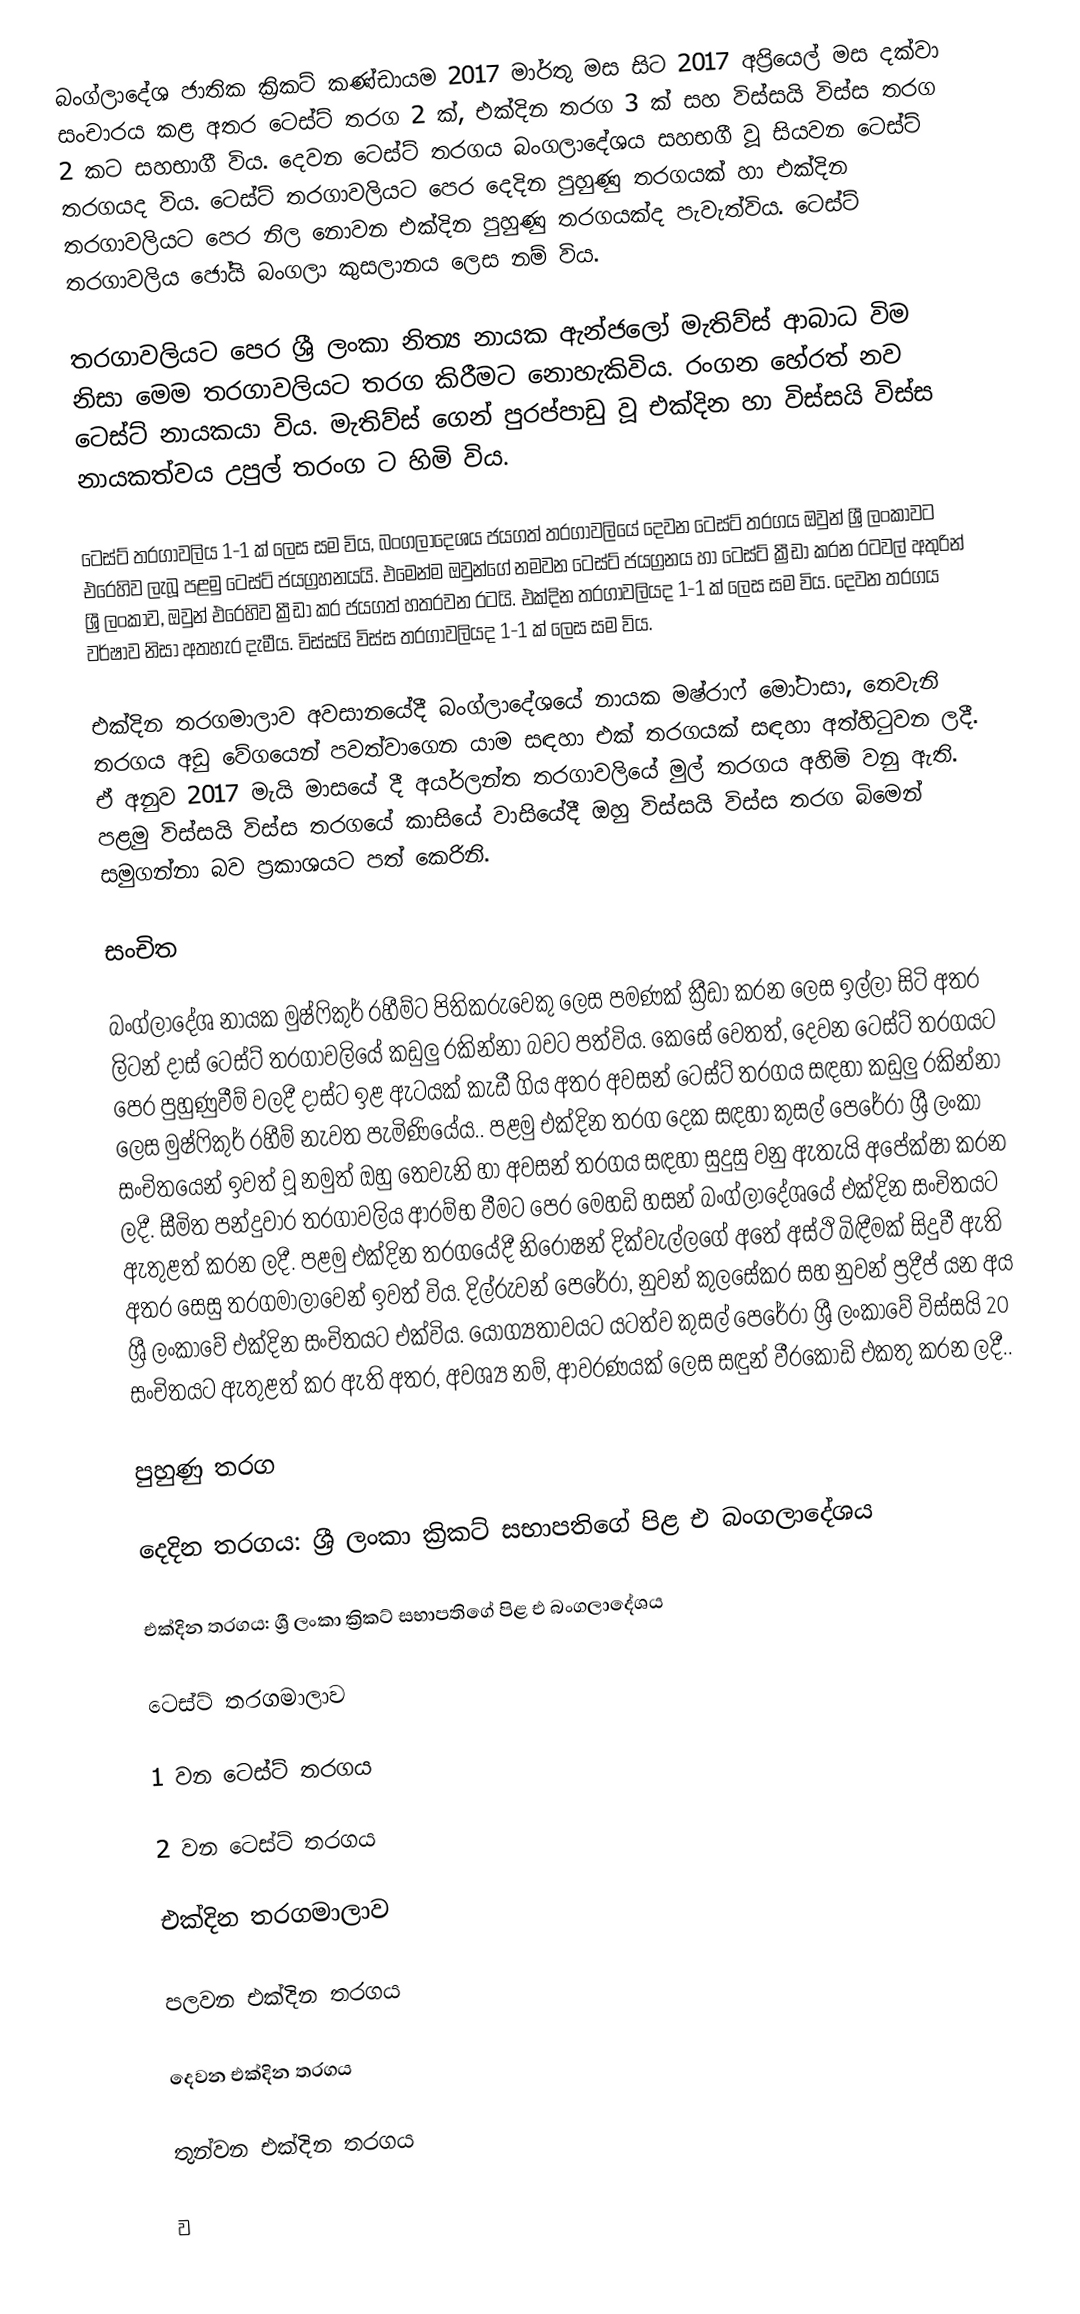
බංග්ලාදේශ ජාතික ක්‍රිකට් කණ්ඩායම 2017 මාර්තු මස සිට 2017 අප්‍රියෙල් මස දක්වා සංචාරය කළ අතර ටෙස්ට් තරග 2 ක්, එක්දින තරග 3 ක් සහ විස්සයි විස්ස තරග 2 කට සහභාගී විය. දෙවන ටෙස්ට් තරගය බංගලාදේශය සහභගී වූ සියවන ටෙස්ට් තරගයද විය. ටෙස්ට් තරගාවලියට පෙර දෙදින පුහුණු තරගයක් හා එක්දින තරගාවලියට පෙර නිල නොවන එක්දින පුහුණු තරගයක්ද පැවැත්විය. ටෙස්ට් තරගාවලිය ජෝයි බංගලා කුසලානය ලෙස නම් විය.

තරගාවලියට පෙර ශ්‍රී ලංකා නිත්‍ය නායක ඇන්ජලෝ මැතිව්ස්  ආබාධ විම නිසා මෙම තරගාවලියට තරග කිරීමට නොහැකිවිය. රංගන හේරත් නව ටෙස්ට් නායකයා විය. මැතිව්ස් ගෙන් පුරප්පාඩු වූ එක්දින හා විස්සයි විස්ස නායකත්වය උපුල් තරංග ට හිමි විය.

ටෙස්ට් තරගාවලිය 1-1 ක් ලෙස සම විය,  බංගලාදෙශය ජයගත් තරගාවලියේ දෙවන ටෙස්ට් තරගය ඔවුන් ශ්‍රී ලංකාවට එරෙහිව ලැබූ පළමු ටෙස්ට් ජයග්‍රහනයයි. එමෙන්ම ඔවුන්ගේ නමවන ටෙස්ට් ජයග්‍රනය හා ටෙස්ට් ක්‍රීඩා කරන රටවල් අතුරින් ශ්‍රී ලංකාව, ඔවුන් එරෙහිව ක්‍රීඩා කර ජයගත් හතරවන රටයි. එක්දින තරගාවලියද 1-1 ක් ලෙස සම විය. දෙවන තරගය වර්ෂාව නිසා අතහැර දැමීය. විස්සයි විස්ස තරගාවලියද 1-1 ක් ලෙස සම විය.

එක්දින තරගමාලාව අවසානයේදී බංග්ලාදේශයේ නායක මෂ්රාෆ් මෝටාසා, තෙවැනි තරගය අඩු වේගයෙන් පවත්වාගෙන යාම සඳහා එක් තරගයක් සඳහා අත්හිටුවන ලදී.  ඒ අනුව 2017 මැයි මාසයේ දී අයර්ලන්ත තරගාවලියේ මුල් තරගය අහිමි වනු ඇති. පළමු විස්සයි විස්ස තරගයේ කාසියේ වාසියේදී ඔහු විස්සයි විස්ස තරග බිමෙන් සමුගන්නා බව ප්‍රකාශයට පත් කෙරිනි.

සංචිත

බංග්ලාදේශ නායක මුෂ්ෆිකුර් රහීම්ට පිතිකරුවෙකු ලෙස පමණක් ක්‍රීඩා කරන ලෙස ඉල්ලා සිටි අතර ලිටන් දාස් ටෙස්ට් තරගාවලියේ කඩුලු රකින්නා බවට පත්විය. කෙසේ වෙතත්, දෙවන ටෙස්ට් තරගයට පෙර පුහුණුවීම් වලදී දාස්ට ඉළ ඇටයක් කැඩී ගිය අතර අවසන් ටෙස්ට් තරගය සඳහා කඩුලු රකින්නා ලෙස මුෂ්ෆිකුර් රහීම් නැවත පැමිණියේය.. පළමු එක්දින තරග දෙක සඳහා කුසල් පෙරේරා ශ්‍රී ලංකා සංචිතයෙන් ඉවත් වූ නමුත් ඔහු තෙවැනි හා අවසන් තරගය සඳහා සුදුසු වනු ඇතැයි අපේක්ෂා කරන ලදී. සීමිත පන්දුවාර තරගාවලිය ආරම්භ වීමට පෙර මෙහඩි හසන් බංග්ලාදේශයේ එක්දින සංචිතයට ඇතුළත් කරන ලදී. පළමු එක්දින තරගයේදී නිරෝෂන් දික්වැල්ලගේ අතේ අස්ථි බිඳීමක් සිදුවී ඇති අතර සෙසු තරගමාලාවෙන් ඉවත් විය. දිල්රුවන් පෙරේරා, නුවන් කුලසේකර සහ නුවන් ප්‍රදීප් යන අය ශ්‍රී ලංකාවේ එක්දින සංචිතයට එක්විය. යෝග්‍යතාවයට යටත්ව කුසල් පෙරේරා ශ්‍රී ලංකාවේ විස්සයි 20 සංචිතයට ඇතුළත් කර ඇති අතර, අවශ්‍ය නම්, ආවරණයක් ලෙස සඳුන් වීරකෝඩි එකතු කරන ලදී..

පුහුණු තරග

දෙදින තරගය: ශ්‍රී ලංකා ක්‍රිකට් සභාපතිගේ පිළ එ බංගලාදේශය

එක්දින තරගය: ශ්‍රී ලංකා ක්‍රිකට් සභාපතිගේ පිළ එ බංගලාදේශය

ටෙස්ට් තරගමාලාව

1 වන ටෙස්ට් තරගය

2 වන ටෙස්ට් තරගය

එක්දින තරගමාලාව

පලවන එක්දින තරගය

දෙවන එක්දින තරගය

තුන්වන එක්දින තරගය

ව